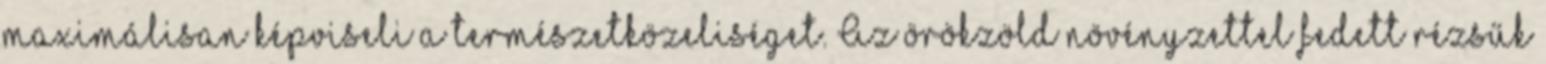
maximálisan képviseli a természetközeliséget. Az örökzöld növényzettel fedett rézsűk